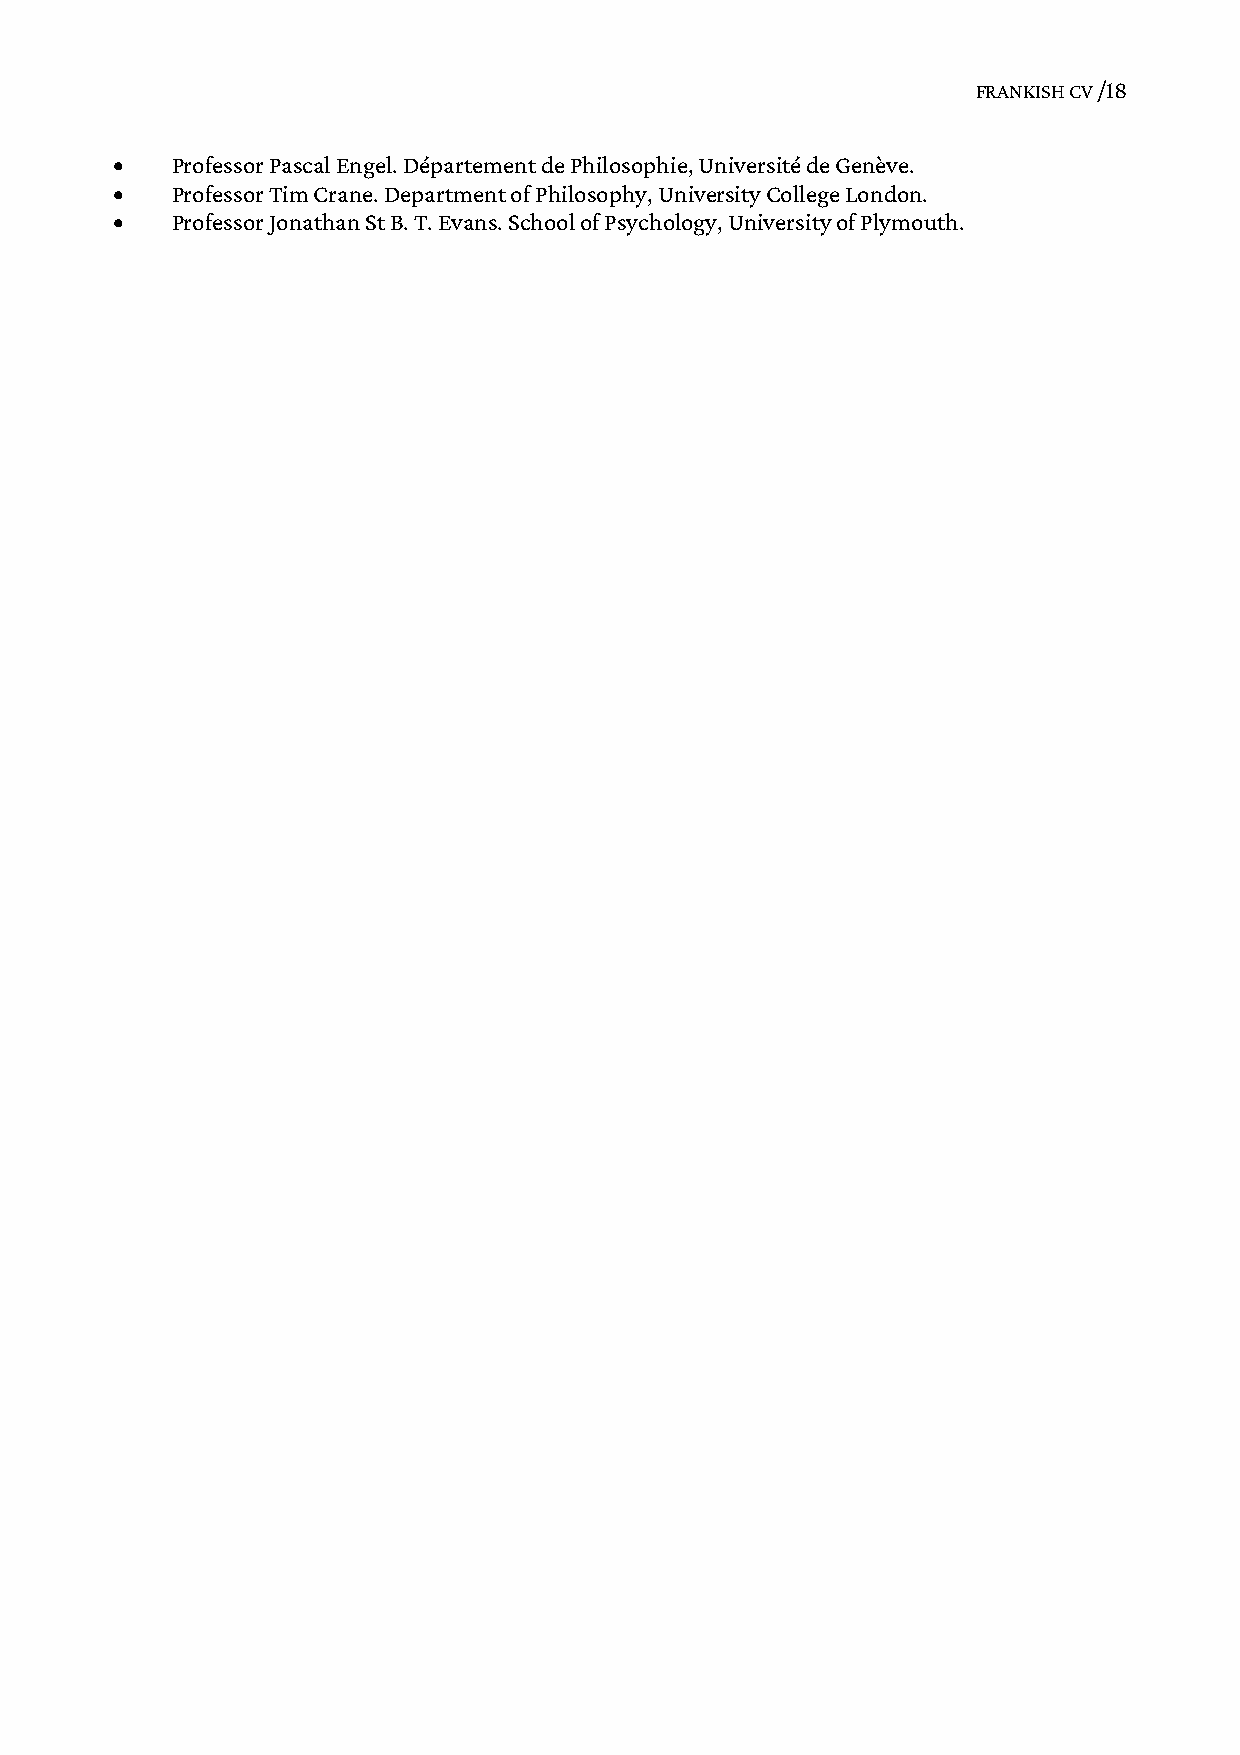
FRANKISH CV /18
    Professor Pascal Engel. Département de Philosophie, Université de Genève.
    Professor Tim Crane. Department of Philosophy, University College London.
    Professor Jonathan St B. T. Evans. School of Psychology, University of Plymouth.